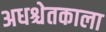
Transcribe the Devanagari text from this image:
अधश्चेतकाला